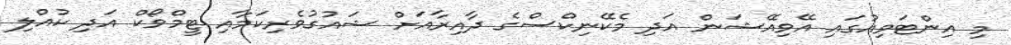
މި އިންޓަވިއުގައި އޭވިއޭޝަން އަދި މެކޭނިކްސްގެ ދާއިރާއަށް ޝައުގުވެރިކަމާއި ޓީމްވޯކް އަދި ކުއްލި